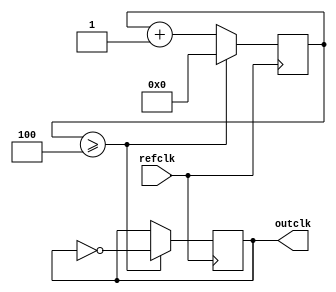
module clock_n(refclk, outclk);
	input      refclk;
	output reg outclk;
	reg [31:0] counter;
	parameter N = 10;

	initial begin
		counter <= 0;
		outclk <= 0;
	end

	always @(posedge refclk) begin
		if (counter >= N / 2 - 1) begin
			counter <= 0;
			outclk <= ~outclk;
		end else
			counter <= counter + 1;	
	end
endmodule